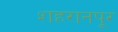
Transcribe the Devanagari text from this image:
शहरानपूर